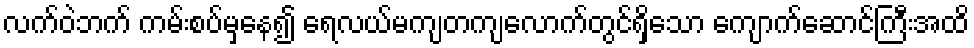
လက်ဝဲဘက် ကမ်းစပ်မှနေ၍ ရေလယ်မကျတကျလောက်တွင်ရှိသော ကျောက်ဆောင်ကြီးအထိ